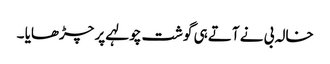
خالہ بی نے آتے ہی گوشت چولہے پر چڑھایا ۔